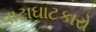
વાટાઘાટકારો